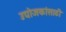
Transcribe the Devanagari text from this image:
उद्योजकांसाठी